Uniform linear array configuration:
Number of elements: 64
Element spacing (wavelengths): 0.25
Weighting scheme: hamming
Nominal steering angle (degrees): -30
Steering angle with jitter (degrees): -30.696
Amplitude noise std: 0.05
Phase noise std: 0.05

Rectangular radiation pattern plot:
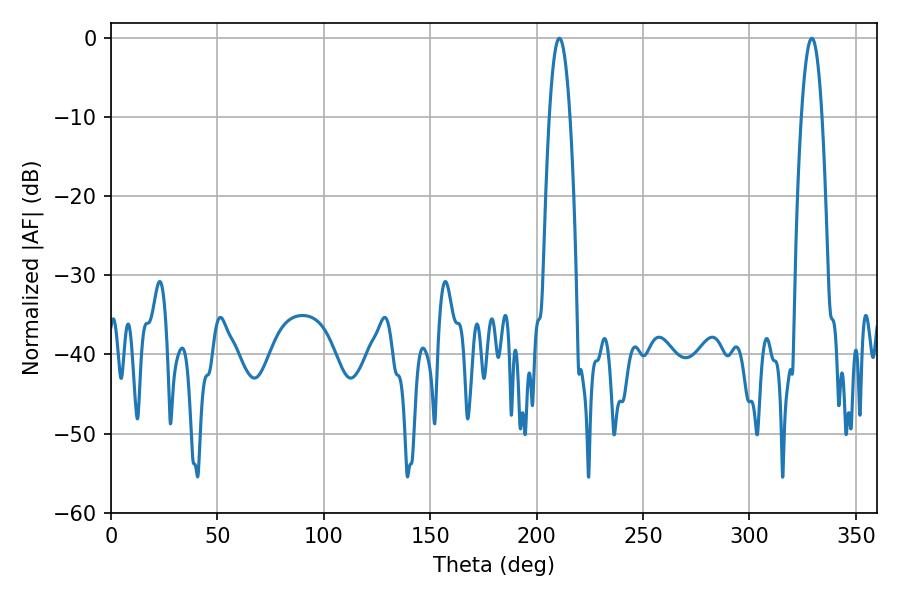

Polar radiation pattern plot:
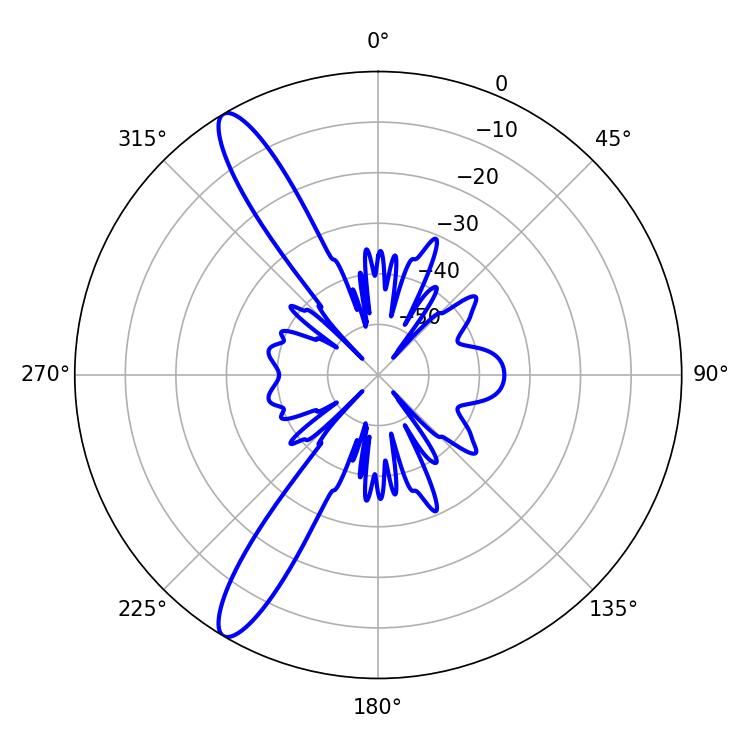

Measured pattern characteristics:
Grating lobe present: FALSE
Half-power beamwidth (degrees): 5.4
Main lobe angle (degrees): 210.6